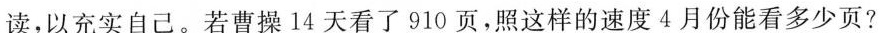
读，以充实自己。若曹操l4天看了910页，照这样的速度4月份能看多少页?